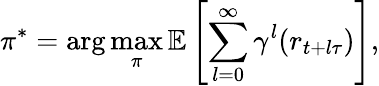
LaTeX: \pi^{*}=\arg\operatorname*{max}_{\pi}\mathbb{E}\left[\sum_{l=0}^{\infty}\gamma^{l}(r_{t+l\tau})\right],